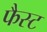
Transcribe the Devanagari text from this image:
फैस्ट